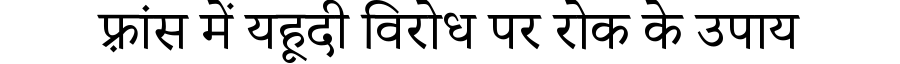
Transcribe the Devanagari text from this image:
फ़्रांस में यहूदी विरोध पर रोक के उपाय